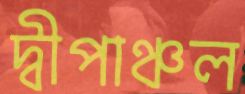
দ্বীপাঞ্চল